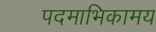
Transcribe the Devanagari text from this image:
पदमाभिकामय